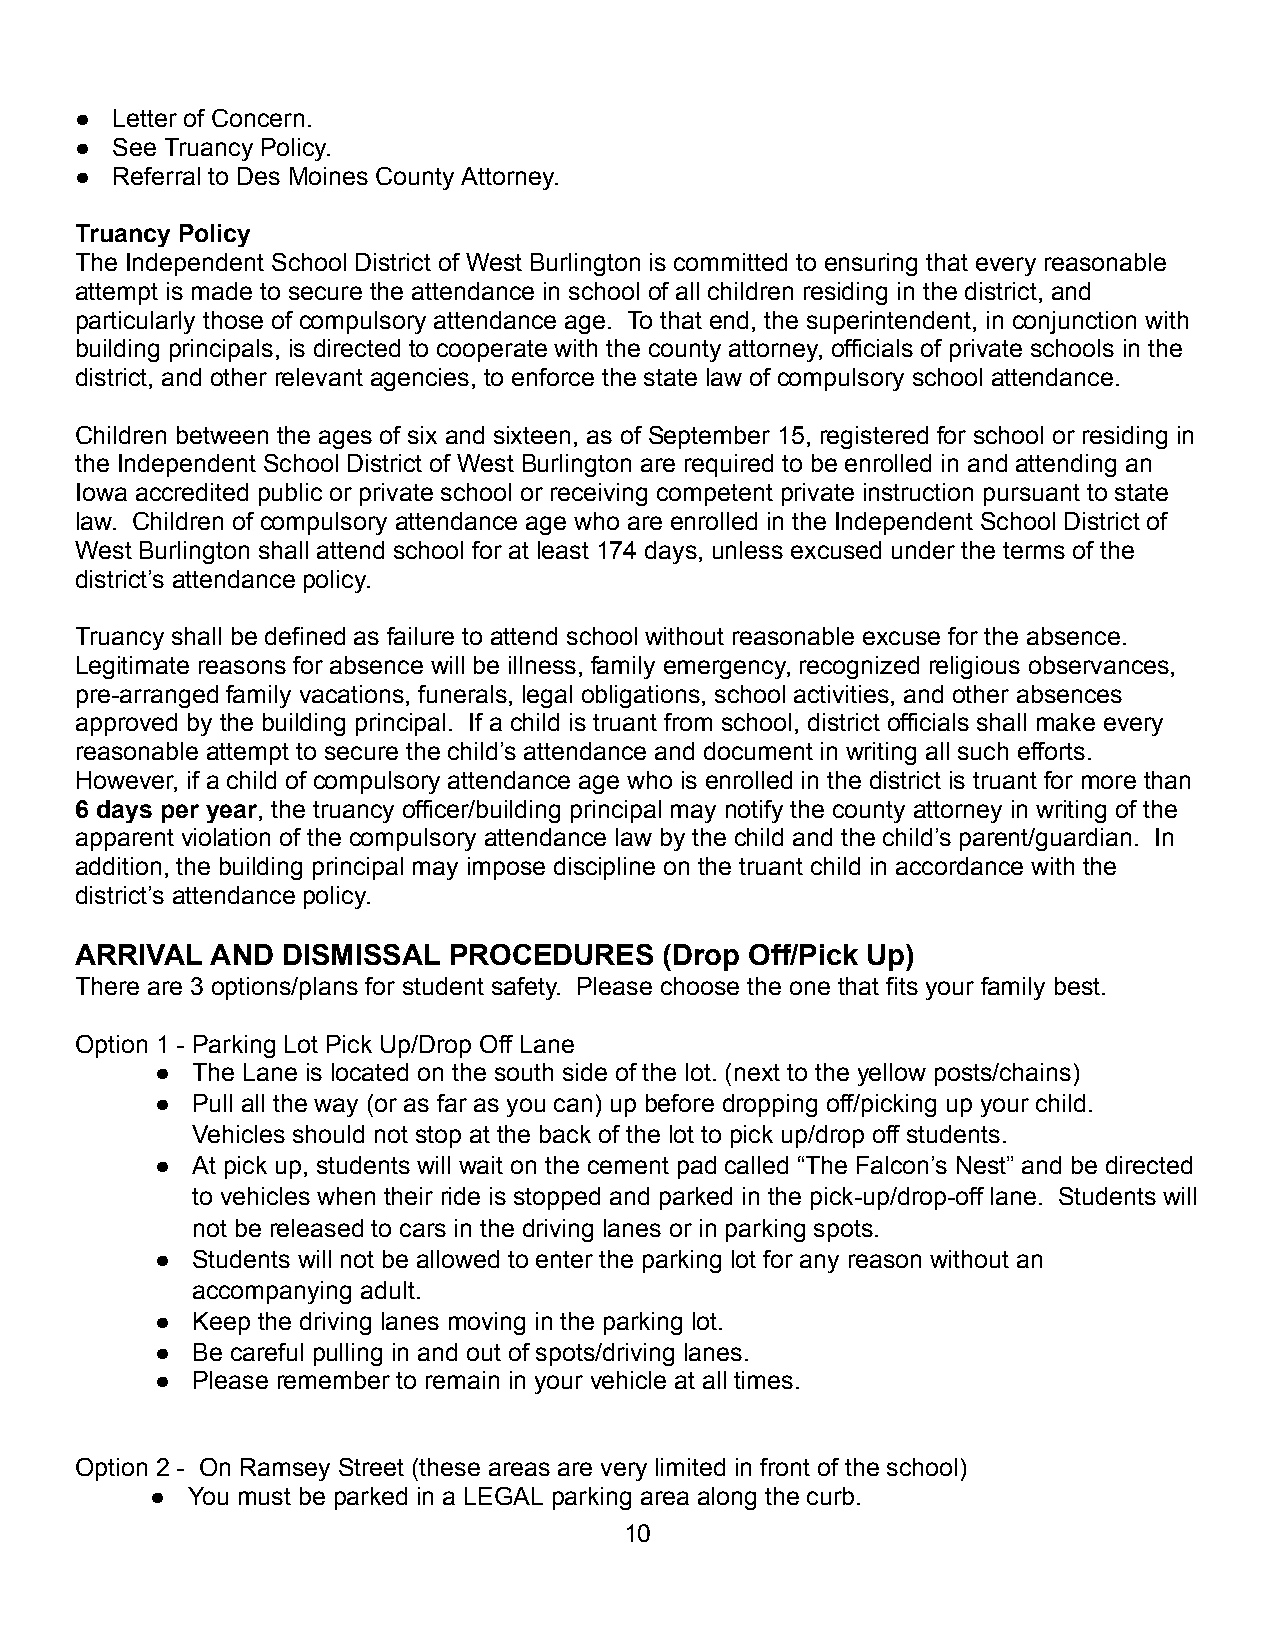
● Letter of Concern.
 ● See Truancy Policy.
 ● Referral to Des Moines County Attorney.
 Truancy Policy
 The Independent School District of West Burlington is committed to ensuring that every reasonable
 attempt is made to secure the attendance in school of all children residing in the district, and
 particularly those of compulsory attendance age. To that end, the superintendent, in conjunction with
 building principals, is directed to cooperate with the county attorney, officials of private schools in the
 district, and other relevant agencies, to enforce the state law of compulsory school attendance.
 Children between the ages of six and sixteen, as of September 15, registered for school or residing in
 the Independent School District of West Burlington are required to be enrolled in and attending an
 Iowa accredited public or private school or receiving competent private instruction pursuant to state
 law. Children of compulsory attendance age who are enrolled in the Independent School District of
 West Burlington shall attend school for at least 174 days, unless excused under the terms of the
 district’s attendance policy.
 Truancy shall be defined as failure to attend school without reasonable excuse for the absence.
 Legitimate reasons for absence will be illness, family emergency, recognized religious observances,
 pre-arranged family vacations, funerals, legal obligations, school activities, and other absences
 approved by the building principal. If a child is truant from school, district officials shall make every
 reasonable attempt to secure the child’s attendance and document in writing all such efforts.
 However, if a child of compulsory attendance age who is enrolled in the district is truant for more than
 6 days per year, the truancy officer/building principal may notify the county attorney in writing of the
 apparent violation of the compulsory attendance law by the child and the child’s parent/guardian. In
 addition, the building principal may impose discipline on the truant child in accordance with the
 district’s attendance policy.
 ARRIVAL  AND  DISMISSAL  PROCEDURES    (Drop Off/Pick Up)
 There are 3 options/plans for student safety. Please choose the one that fits your family best.
 Option 1 - Parking Lot Pick Up/Drop Off Lane
 ●  The Lane is located on the south side of the lot. (next to the yellow posts/chains)
 ●  Pull all the way (or as far as you can) up before dropping off/picking up your child.
 Vehicles should not stop at the back of the lot to pick up/drop off students.
 ●  At pick up, students will wait on the cement pad called “The Falcon’s Nest” and be directed
 to vehicles when their ride is stopped and parked in the pick-up/drop-off lane. Students will
 not be released to cars in the driving lanes or in parking spots.
 ●  Students will not be allowed to enter the parking lot for any reason without an
 accompanying adult.
 ●  Keep the driving lanes moving in the parking lot.
 ●  Be careful pulling in and out of spots/driving lanes.
 ●  Please remember to remain in your vehicle at all times.
 Option 2 - On Ramsey Street (these areas are very limited in front of the school)
 ● You must be parked in a LEGAL parking area along the curb.
 10